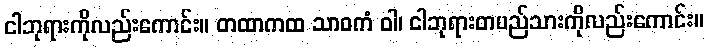
ငါဘုရားကိုလည်းကောင်း။ တထာကထ သာဝကံ ဝါ၊ ငါဘုရားတပည်သားကိုလည်းကောင်း။